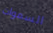
السموات